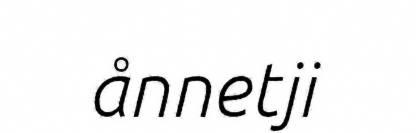
ånnetji